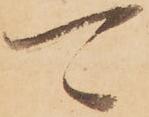
可